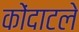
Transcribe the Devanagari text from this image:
कोंदाटले